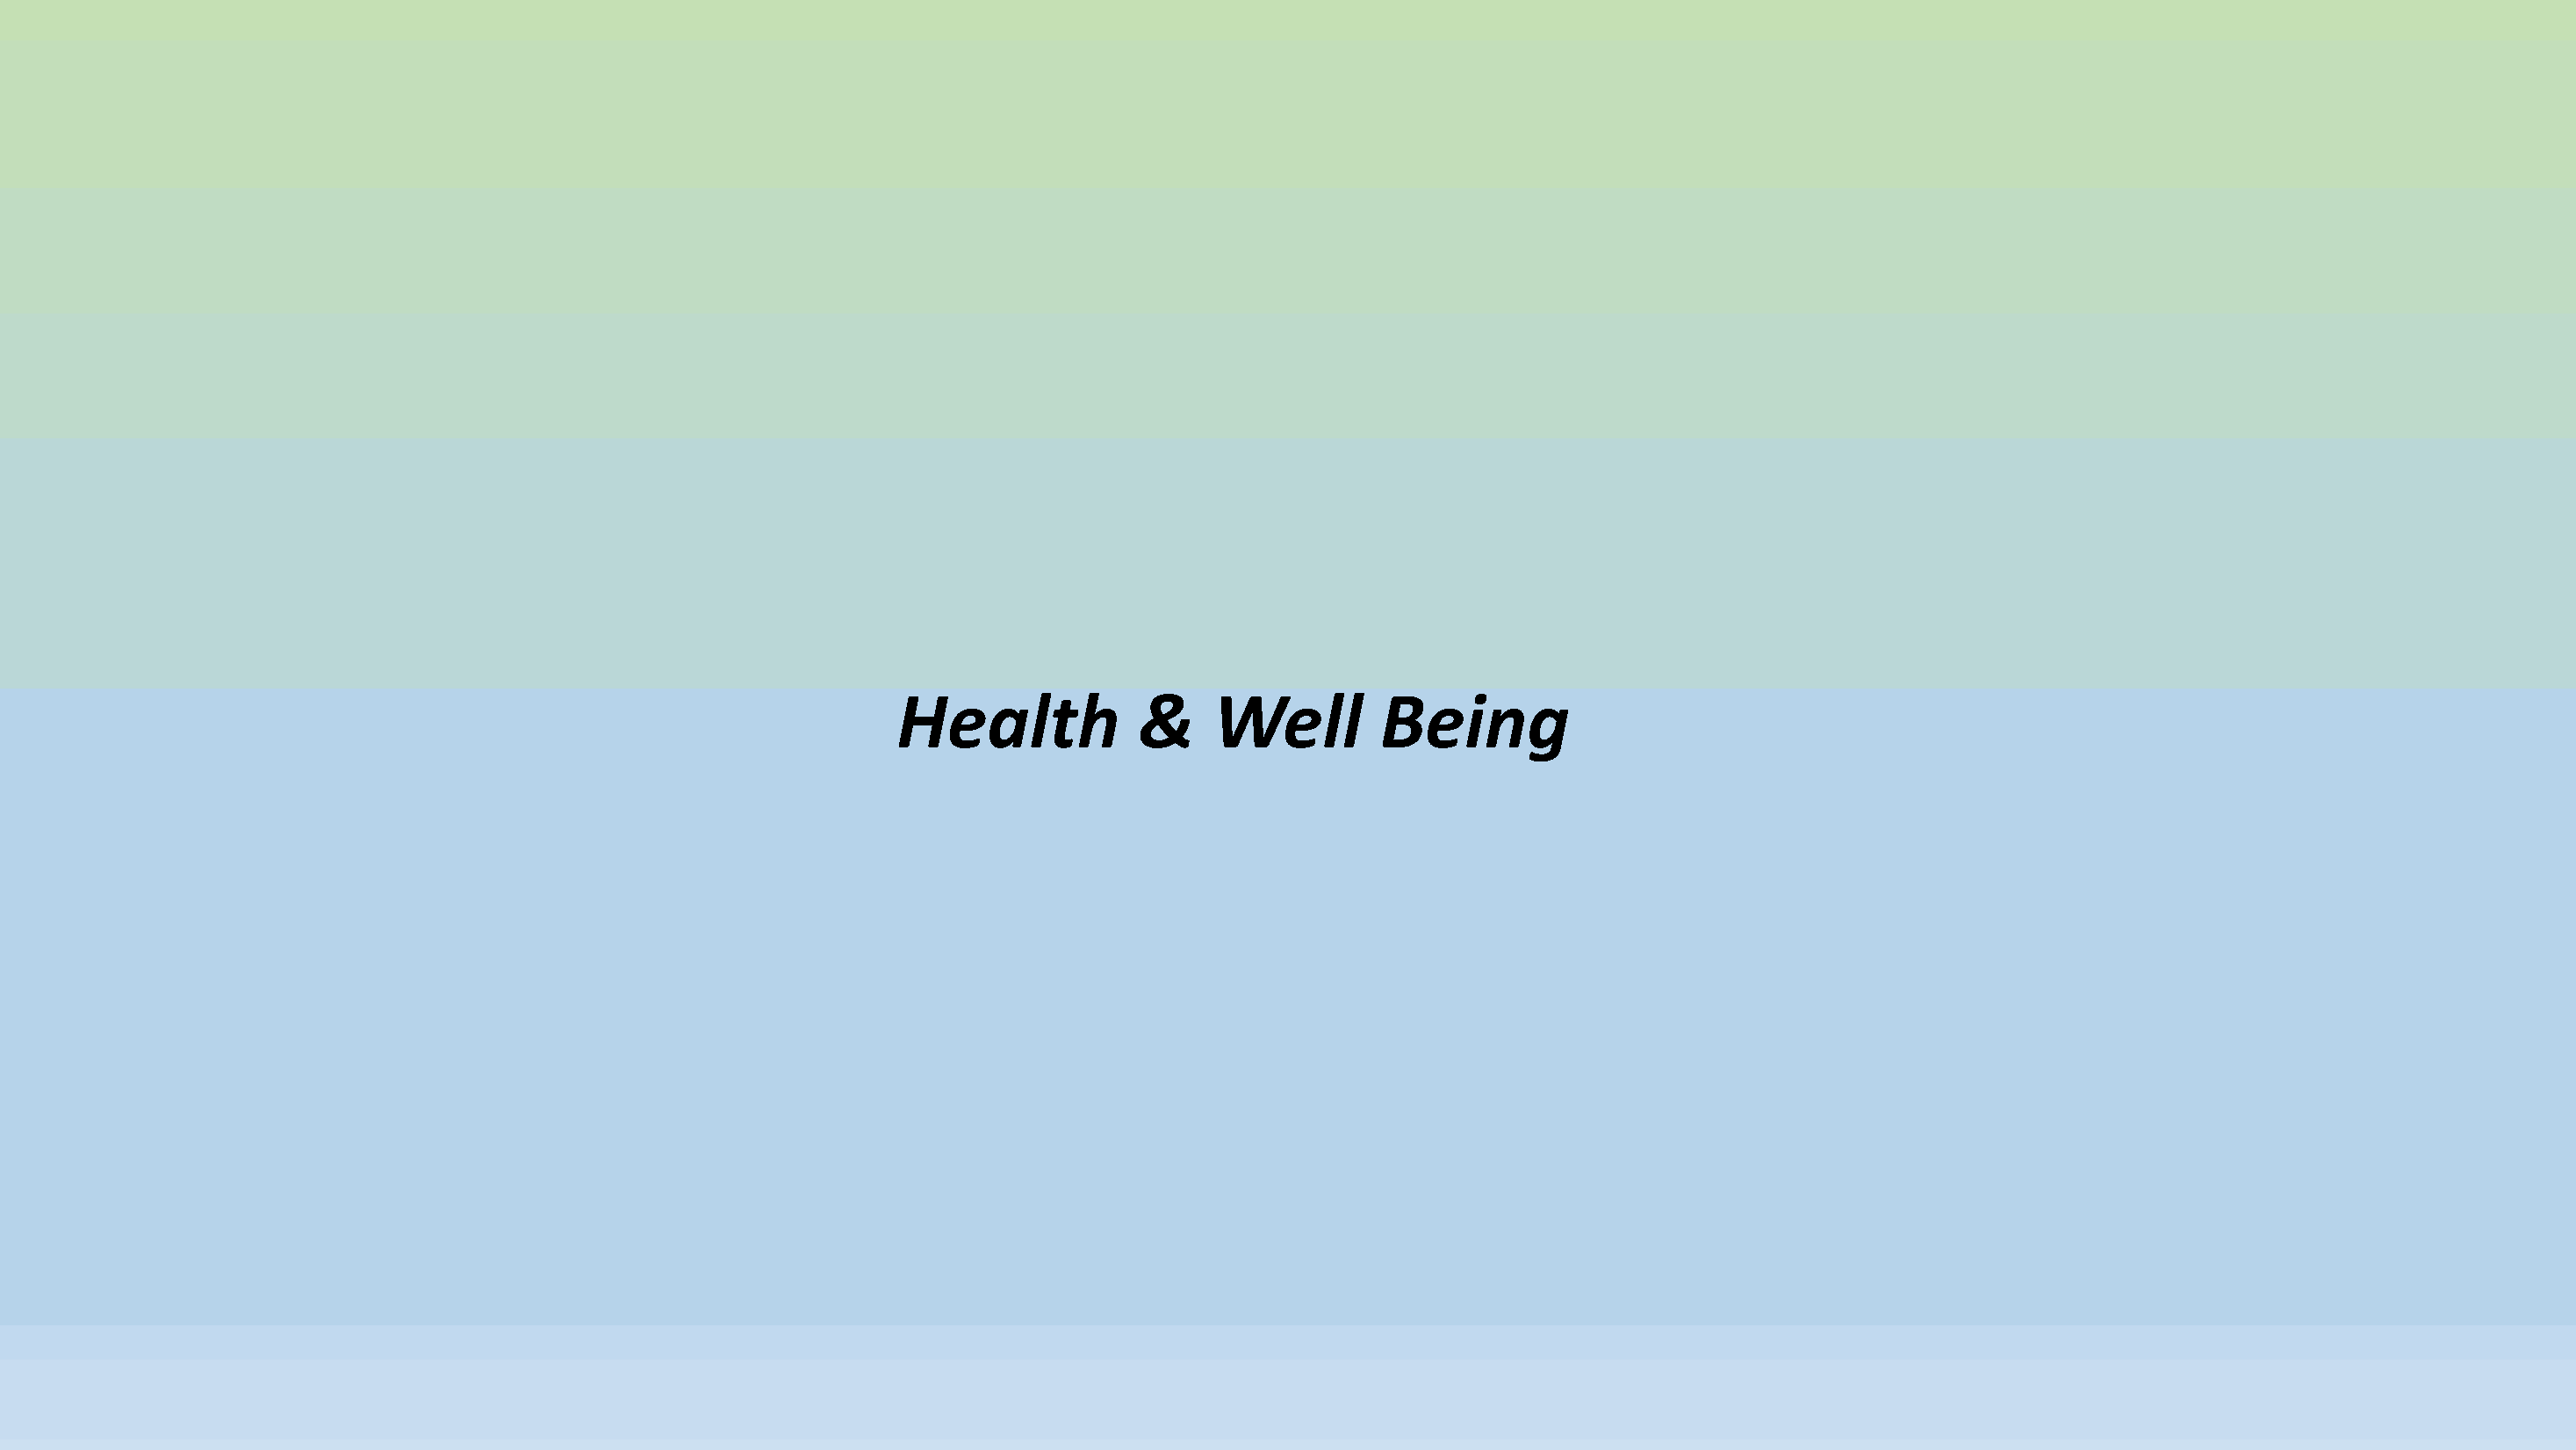
Health            &    Well         Being